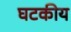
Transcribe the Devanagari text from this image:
घटकीय